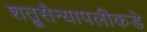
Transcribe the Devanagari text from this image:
शत्रूसैन्यापलीकडे